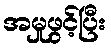
အမှုဖွင့်ပြီး